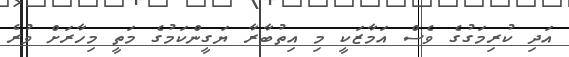
އަދި ކުރިމަގުގެ ވެސް އަމާޒަކީ މި އިތުބާރާ ޔަގީންކަމުގެ މަތީ މިހާރަށް ވުރެ